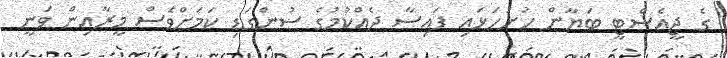
ގެ ޖީއެސްޓީ ބަޔާން ހުށަހަޅައި ފައިސާ ދެއްކުމުގެ ސުންގަޑި ކަމަށްވެސް މީރާއިން ވަނީ